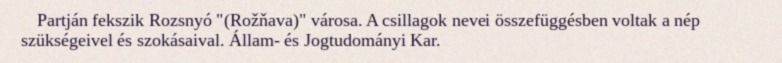
Partján fekszik Rozsnyó "(Rožňava)" városa. A csillagok nevei összefüggésben voltak a nép szükségeivel és szokásaival. Állam- és Jogtudományi Kar.